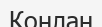
Конлан